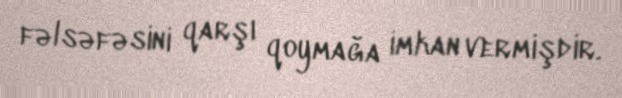
fəlsəfəsini qarşı qoymağa imkan vermişdir.